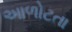
આળોટતા